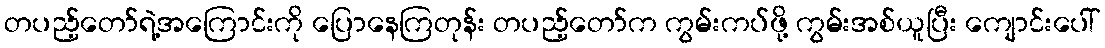
တပည့်တော်ရဲ့အကြောင်းကို ပြောနေကြတုန်း တပည့်တော်က ကွမ်းကပ်ဖို့ ကွမ်းအစ်ယူပြီး ကျောင်းပေါ်